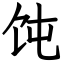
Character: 饨